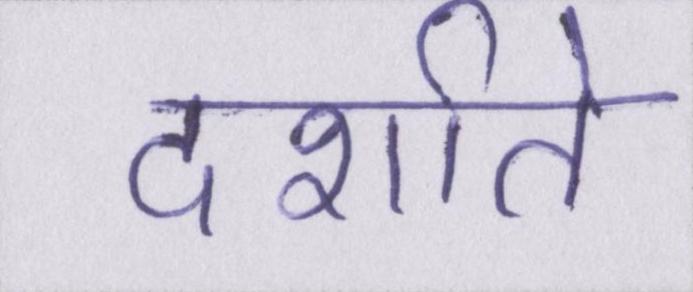
दर्शाते